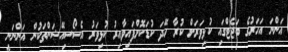
އަންނަ އަހަރުގެ ބަޖެޓްގައި ކުޅިވަރަށް ކުރާ ހޭދަ ކުޑަކޮށްފައިވާއިރު ކުޅިވަރު އެސޯސިއޭޝަންތަކުން އަންނަނީ